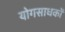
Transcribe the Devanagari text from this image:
योगसाधकों